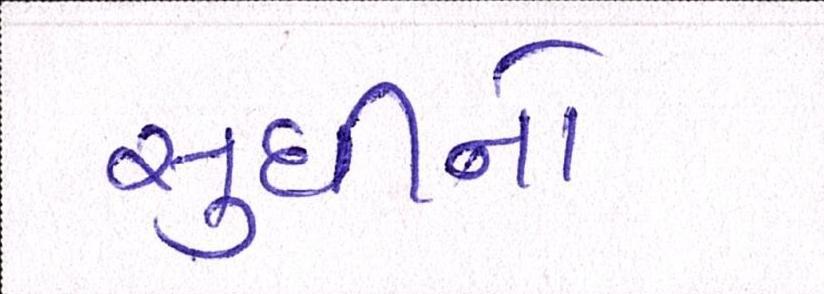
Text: સુધીનો